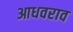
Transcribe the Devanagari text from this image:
आधवराव